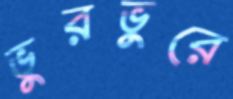
ভুরভুরে